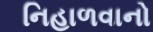
નિહાળવાનો